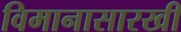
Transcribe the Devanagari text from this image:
विमानासारखी